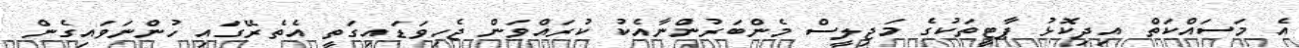
އެ މަސައްކަތް އިދިކޮޅު ޕާޓީތަކުގެ މަޖިލީސް މެންބަރުންނާއެކު ކުރައްވަން ޖެހިވަޑައިގަތީ އެތެރޭގައި ހުންނަވައިގެން